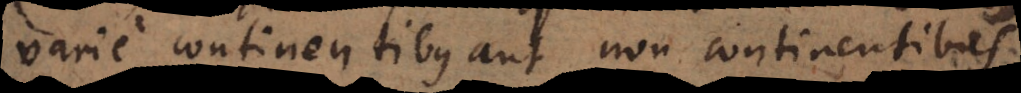
varie continentibus aut non continentibus